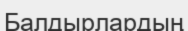
Балдырлардың